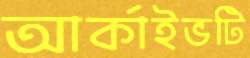
আর্কাইভটি